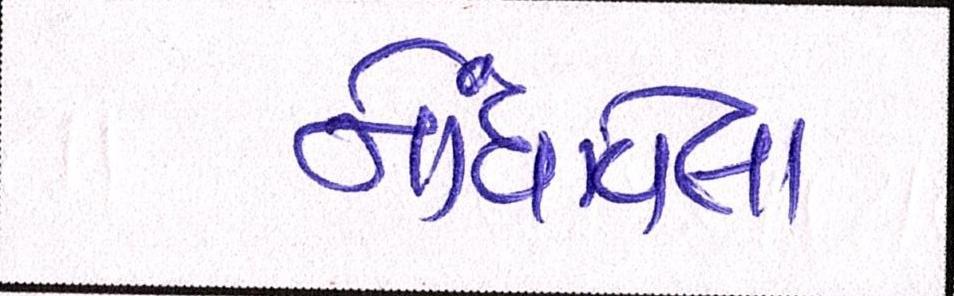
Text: નોંધાવેલા